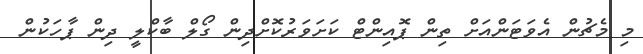
މި މެޗުން އެވަޓަންއަށް ތިން ޕޮއިންޓް ކަށަވަރުކޮށްދިން ގޯލް ބާކްލީ ދިން ޕާހަކުން